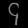
Digit: ၄